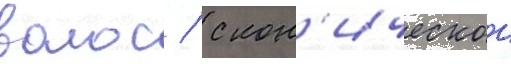
волос / с кон'ическои